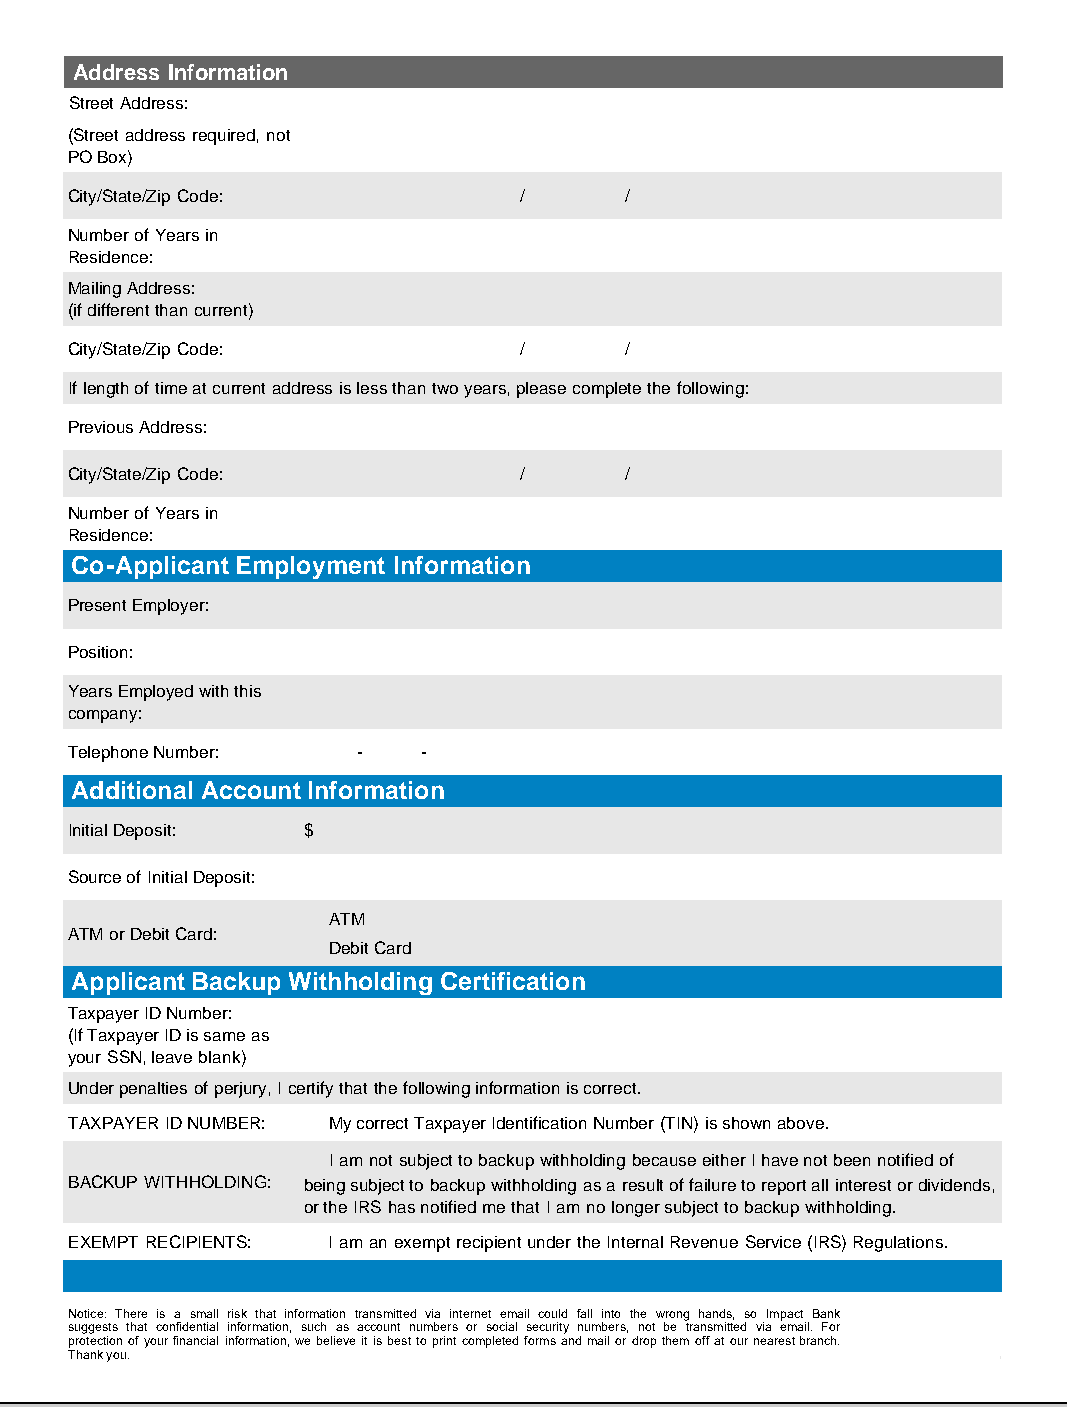
Address Information
 Street Address:
 (Street address required, not
 PO Box)
 City/State/Zip Code:          /      /
 Number of Years in
 Residence:
 Mailing Address:
 (if different than current)
 City/State/Zip Code:          /      /
 If length of time at current address is less than two years, please complete the following:
 Previous Address:
 City/State/Zip Code:          /      /
 Number of Years in
 Residence:
 Co-Applicant Employment Information
 Present Employer:
 Position:
 Years Employed with this
 company:
 Telephone Number:   -   -
 Additional Account Information
 Initial Deposit: $
 Source of Initial Deposit:
 ATM
 ATM or Debit Card:
 Debit Card
 Applicant Backup Withholding Certification
 Taxpayer ID Number:
 (If Taxpayer ID is same as
 your SSN, leave blank)
 Under penalties of perjury, I certify that the following information is correct.
 TAXPAYER ID NUMBER: My correct Taxpayer Identification Number (TIN) is shown above.
 I am not subject to backup withholding because either I have not been notified of
 BACKUP WITHHOLDING: being subject to backup withholding as a result of failure to report all interest or dividends,
 or the IRS has notified me that I am no longer subject to backup withholding.
 EXEMPT RECIPIENTS: I am an exempt recipient under the Internal Revenue Service (IRS) Regulations.
 Notice: There is a small risk that information transmitted via internet email could fall into the wrong hands, so Impact Bank
 suggests that confidential information, such as account numbers or social security numbers, not be transmitted via email. For
 protection of your financial information, we believe it is best to print completed forms and mail or drop them off at our nearest branch.
 Thank you.
 https://bankingwebsites.com/filemover_upload/ImpactBank/deposit.html[5/23/2016 5:19:26 PM]